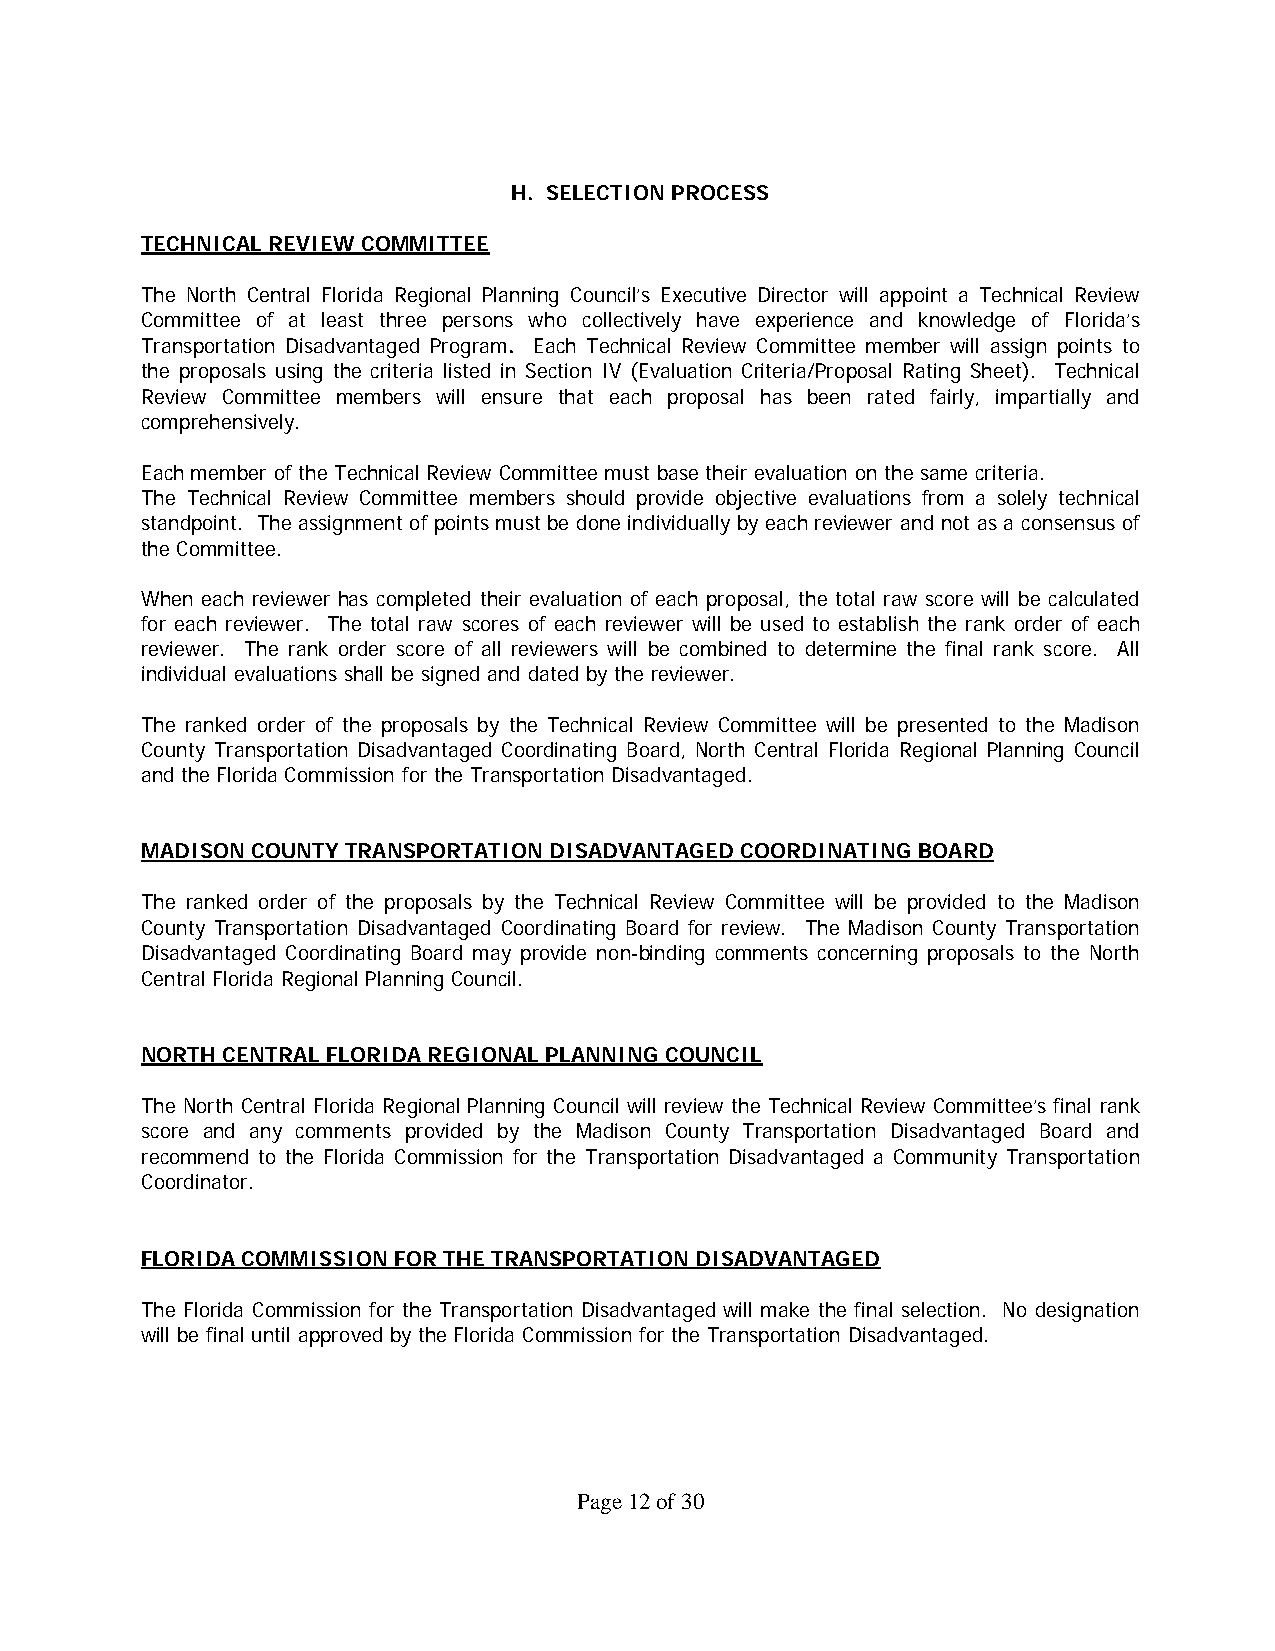
H. SELECTION PROCESS
 TECHNICAL REVIEW COMMITTEE
 The North Central Florida Regional Planning Council’s Executive Director will appoint a Technical Review
 Committee of at least three persons who collectively have experience and knowledge of Florida’s
 Transportation Disadvantaged Program. Each Technical Review Committee member will assign points to
 the proposals using the criteria listed in Section IV (Evaluation Criteria/Proposal Rating Sheet). Technical
 Review Committee members will ensure that each proposal has been rated fairly, impartially and
 comprehensively.
 Each member of the Technical Review Committee must base their evaluation on the same criteria.
 The Technical Review Committee members should provide objective evaluations from a solely technical
 standpoint. The assignment of points must be done individually by each reviewer and not as a consensus of
 the Committee.
 When each reviewer has completed their evaluation of each proposal, the total raw score will be calculated
 for each reviewer. The total raw scores of each reviewer will be used to establish the rank order of each
 reviewer. The rank order score of all reviewers will be combined to determine the final rank score. All
 individual evaluations shall be signed and dated by the reviewer.
 The ranked order of the proposals by the Technical Review Committee will be presented to the Madison
 County Transportation Disadvantaged Coordinating Board, North Central Florida Regional Planning Council
 and the Florida Commission for the Transportation Disadvantaged.
 MADISON COUNTY TRANSPORTATION DISADVANTAGED COORDINATING BOARD
 The ranked order of the proposals by the Technical Review Committee will be provided to the Madison
 County Transportation Disadvantaged Coordinating Board for review. The Madison County Transportation
 Disadvantaged Coordinating Board may provide non-binding comments concerning proposals to the North
 Central Florida Regional Planning Council.
 NORTH CENTRAL FLORIDA REGIONAL PLANNING COUNCIL
 The North Central Florida Regional Planning Council will review the Technical Review Committee’s final rank
 score and any comments provided by the Madison County Transportation Disadvantaged Board and
 recommend to the Florida Commission for the Transportation Disadvantaged a Community Transportation
 Coordinator.
 FLORIDA COMMISSION FOR THE TRANSPORTATION DISADVANTAGED
 The Florida Commission for the Transportation Disadvantaged will make the final selection. No designation
 will be final until approved by the Florida Commission for the Transportation Disadvantaged.
 Page 12 of 30